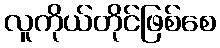
လူကိုယ်တိုင်ဖြစ်စေ